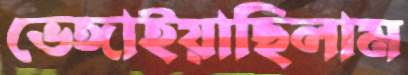
ভেঙ্গাইয়াছিলাম